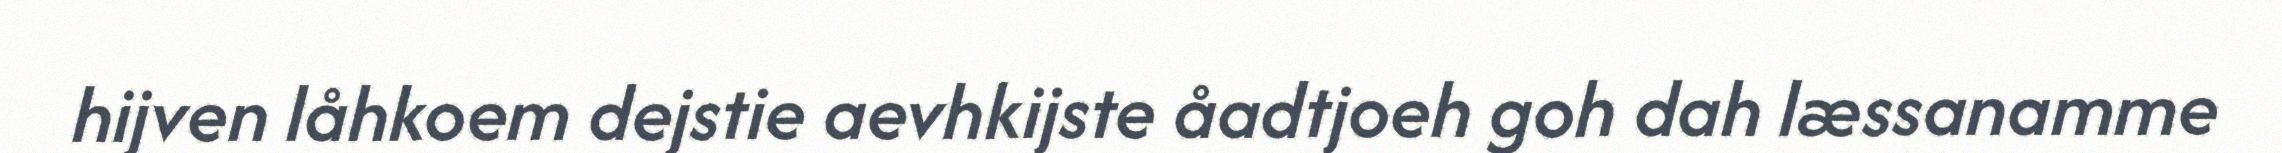
hijven låhkoem dejstie aevhkijste åadtjoeh goh dah læssanamme